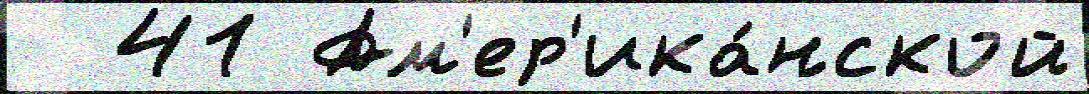
  41 Ам'ер'ика́нской